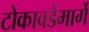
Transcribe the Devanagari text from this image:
टोकावडेमार्गे